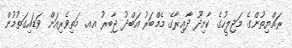
ރައްޔިތުންގެ މަޖިލީހުގެ ކާށިދޫ ދާއިރާގެ މެމްބަރު އަބްދު ޖާބިރު އއ. މަތިވެރިއަށް ވަޑައިގަތުމުން